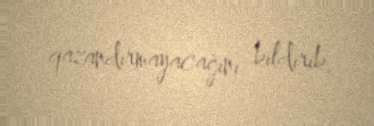
qazandırmayacağını bildirib.